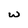
Character: w